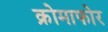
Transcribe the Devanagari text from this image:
क्रोमाफोर